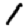
Digit: 1